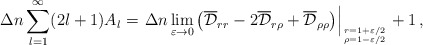
\begin{align*}\Delta n\sum_{l=1}^\infty (2l+1)A_l=\left .\Delta n \lim_{\varepsilon \to 0}\left( \overline{\cal D}_{rr} -2\overline{\cal D}_{r\rho}+\overline{\cal D}_{\rho \rho}\right)\right |_{r=1+{\varepsilon}/{2}\atop \rho=1-{\varepsilon}/{2}} +1\,{,}\end{align*}